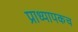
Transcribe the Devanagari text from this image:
प्राध्यापकच